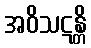
အဝိသဋန္တိ